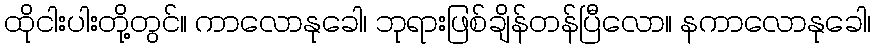
ထိုငါးပါးတို့တွင်။ ကာလောနုခေါ၊ ဘုရားဖြစ်ချိန်တန်ပြီလော။ နကာလောနုခေါ၊